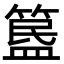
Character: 𥱚